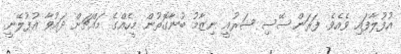
އުފުލާފައި ވެއެވެ. ފަރަންސޭސި ޝަރުއީ ނިޒާމު ބުނާގޮތުން މީހެއްގެ މައްޗަށް ދައުވާ އުފުލޭނީ